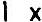
1 X